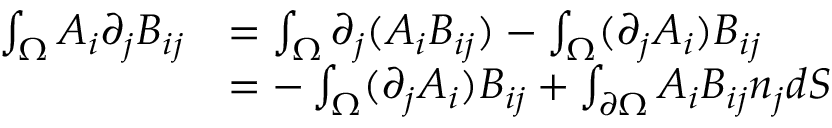
\begin{array} { r l } { \int _ { \Omega } A _ { i } \partial _ { j } B _ { i j } } & { = \int _ { \Omega } \partial _ { j } ( A _ { i } B _ { i j } ) - \int _ { \Omega } ( \partial _ { j } A _ { i } ) B _ { i j } } \\ & { = - \int _ { \Omega } ( \partial _ { j } A _ { i } ) B _ { i j } + \int _ { \partial \Omega } A _ { i } B _ { i j } n _ { j } d S } \end{array}